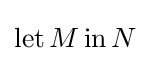
\operatorname {let} M\operatorname {in} N